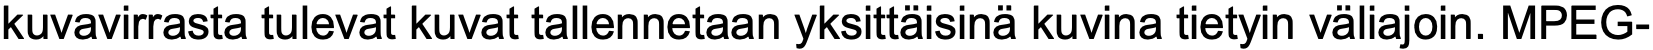
kuvavirrasta tulevat kuvat tallennetaan yksittäisinä kuvina tietyin väliajoin. MPEG-